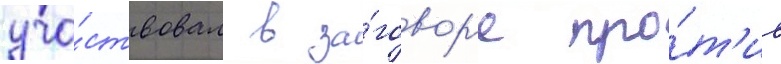
уча́ствовал в за́говор'е про́т'ив